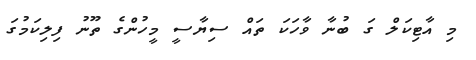
މި އާޓިކަލް ގަ ބުނާ ވާހަކަ ތައް ސިޔާސީ މީހުންގެ ތޫނު ފިލިކަމުގަ